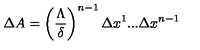
\, \Delta A = \left( \frac { \Lambda } { \delta } \right) ^ { n - 1 } \Delta x ^ { 1 } . . . \Delta x ^ { n - 1 } \,